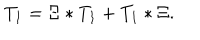
LaTeX: T _ { 1 } = \Xi \ast T _ { 1 } + T _ { 1 } \ast \Xi .